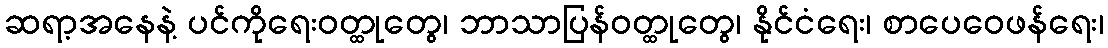
ဆရာ့အနေနဲ့ ပင်ကိုရေးဝတ္ထုတွေ၊ ဘာသာပြန်ဝတ္ထုတွေ၊ နိုင်ငံရေး၊ စာပေဝေဖန်ရေး၊